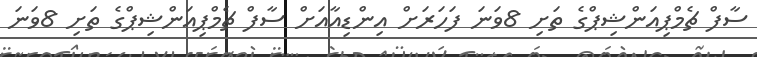
ސާފް ޗެމްޕިއަންޝިޕްގެ ތަށި 8ވަނަ ފަހަރަށް އިންޑިއާއަށް ސާފް ޗެމްޕިއަންޝިޕްގެ ތަށި 8ވަނަ